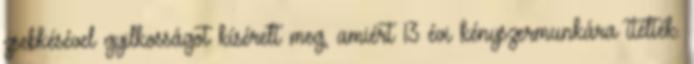
zsebkésével gyilkosságot kísérelt meg, amiért 13 évi kényszermunkára ítélték.